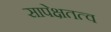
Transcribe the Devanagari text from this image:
सापेक्षतत्व